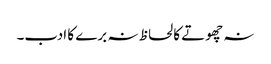
نہ چھوتے کا لحاظ نہ برے کا ادب۔